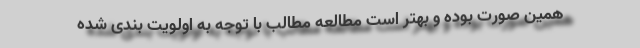
همین صورت بوده و بهتر است مطالعه مطالب با توجه به اولویت بندی شده